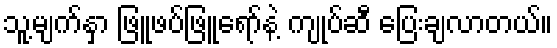
သူ့မျက်နှာ ဖြူဖပ်ဖြူရော်နဲ့ ကျုပ်ဆီ ပြေးချလာတယ်။